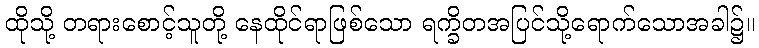
ထိုသို့ တရားစောင့်သူတို့ နေထိုင်ရာဖြစ်သော ရက္ခိတအပြင်သို့ရောက်သောအခါ၌။